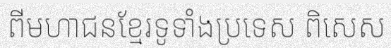
ពីមហាជនខ្មែរទូទាំងប្រទេស ពិសេស